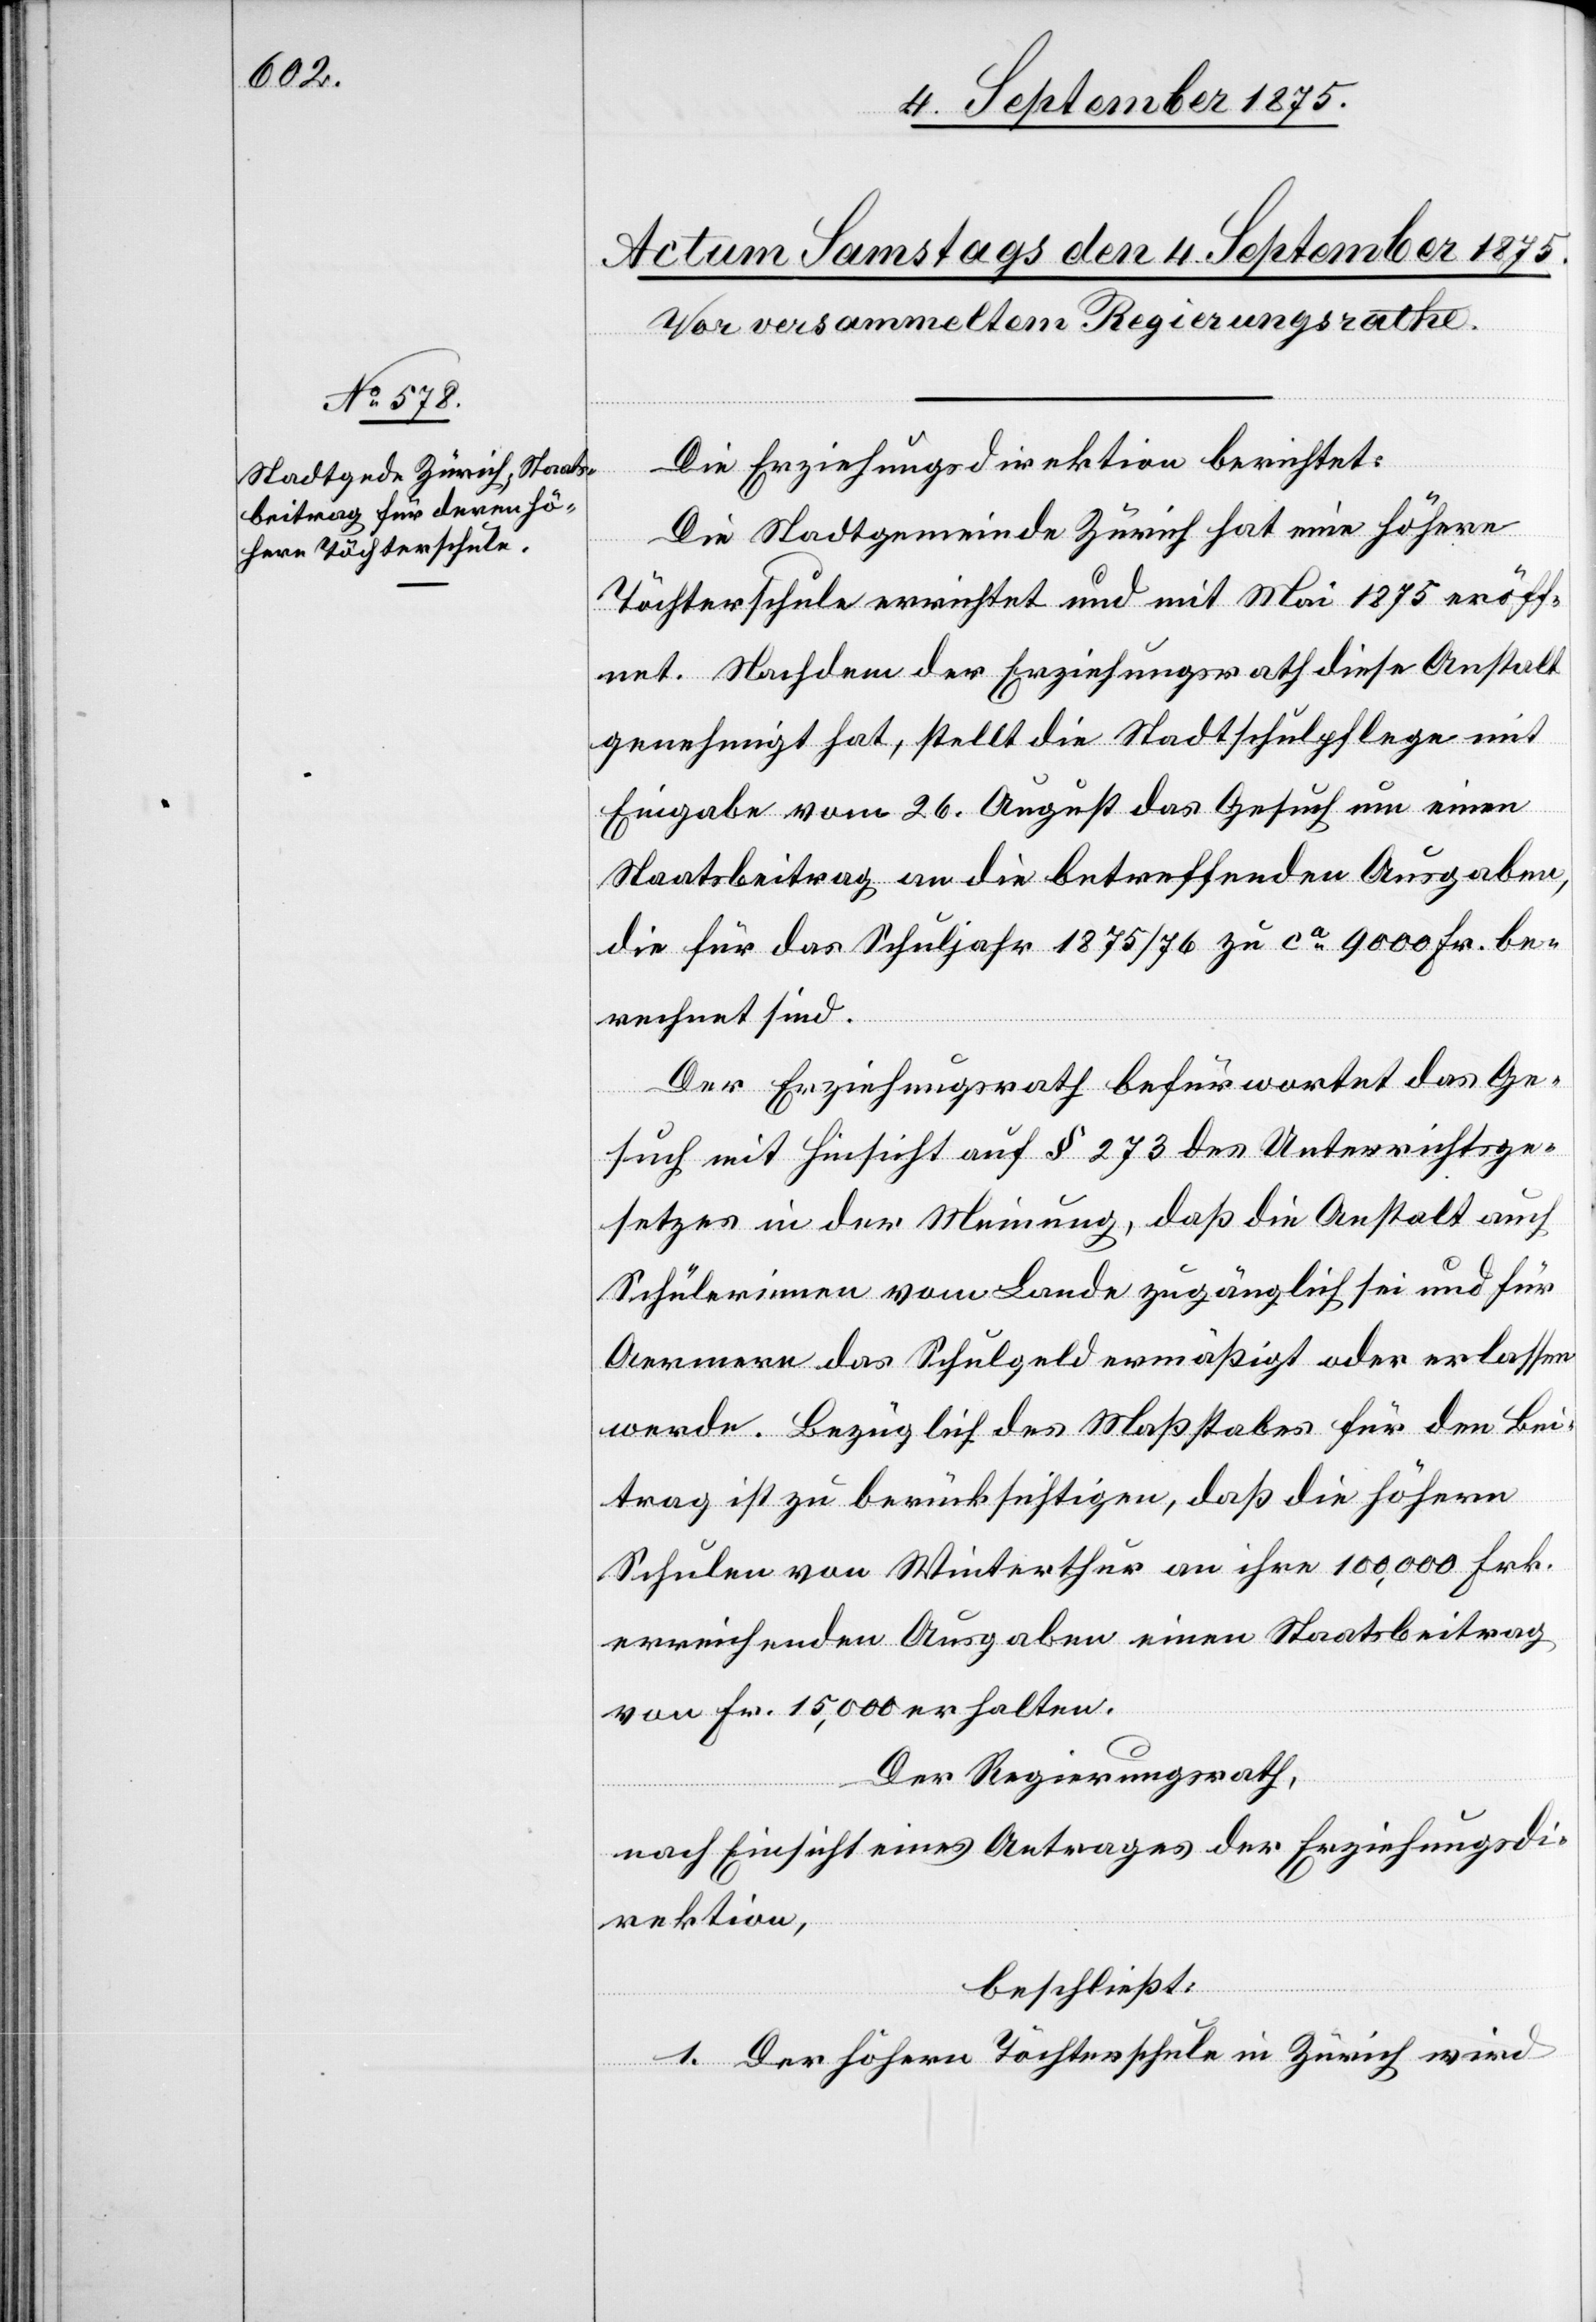
Die Erziehungsdirektion berichtet:
Die Stadtgemeinde Zürich hat eine höhere
Töchterschule errichtet und mit Mai 1875 eröff¬
net. Nachdem der Erziehungsrath diese Anstalt
genehmigt hat, stellt die Stadtschulpflege mit
Eingabe vom 26. August das Gesuch um einen
Staatsbeitrag an die betreffenden Ausgaben,
die für das Schuljahr 1875/76 zu ca 9000 Fr. be¬
rechnet sind.
Der Erziehungsrath befürwortet das Ge¬
such mit Hinsicht auf § 273 des Unterrichtsge¬
setzes in der Meinung, daß die Anstalt auch
Schülerinnen vom Lande zugänglich sei und für
Aermere das Schulgeld ermäßigt oder erlassen
werde. Bezüglich des Maßstabes für den Bei¬
trag ist zu berücksichtigen, daß die höhern
Schulen von Winterthur an ihre 100,000 Frk.
erreichenden Ausgaben einen Staatsbeitrag
von Fr. 15,000 erhalten.
Der Regierungsrath,
nach Einsicht eines Antrages der Erziehungsdi¬
rektion,
beschließt:
1. Der höhern Töchterschule in Zürich wird